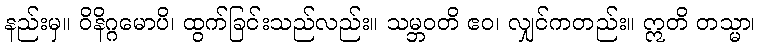
နည်းမှ။ ဝိနိဂ္ဂမောပိ၊ ထွက်ခြင်းသည်လည်း။ သမ္ဘဝတိ ဧဝ၊ လျှင်ကတည်း။ ဣတိ တသ္မာ၊